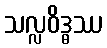
သလ္လဝိဒ္ဓဿ